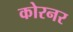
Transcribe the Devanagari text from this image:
कोरनर